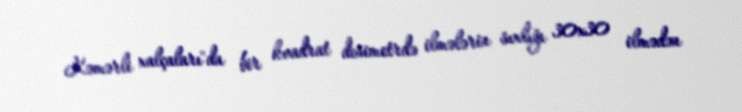
Kəmərli xalçaları"da bir kvadrat desimetrdə ilmələrin sıxlığı 30x30 ilmədən